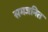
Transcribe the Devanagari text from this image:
समजनित